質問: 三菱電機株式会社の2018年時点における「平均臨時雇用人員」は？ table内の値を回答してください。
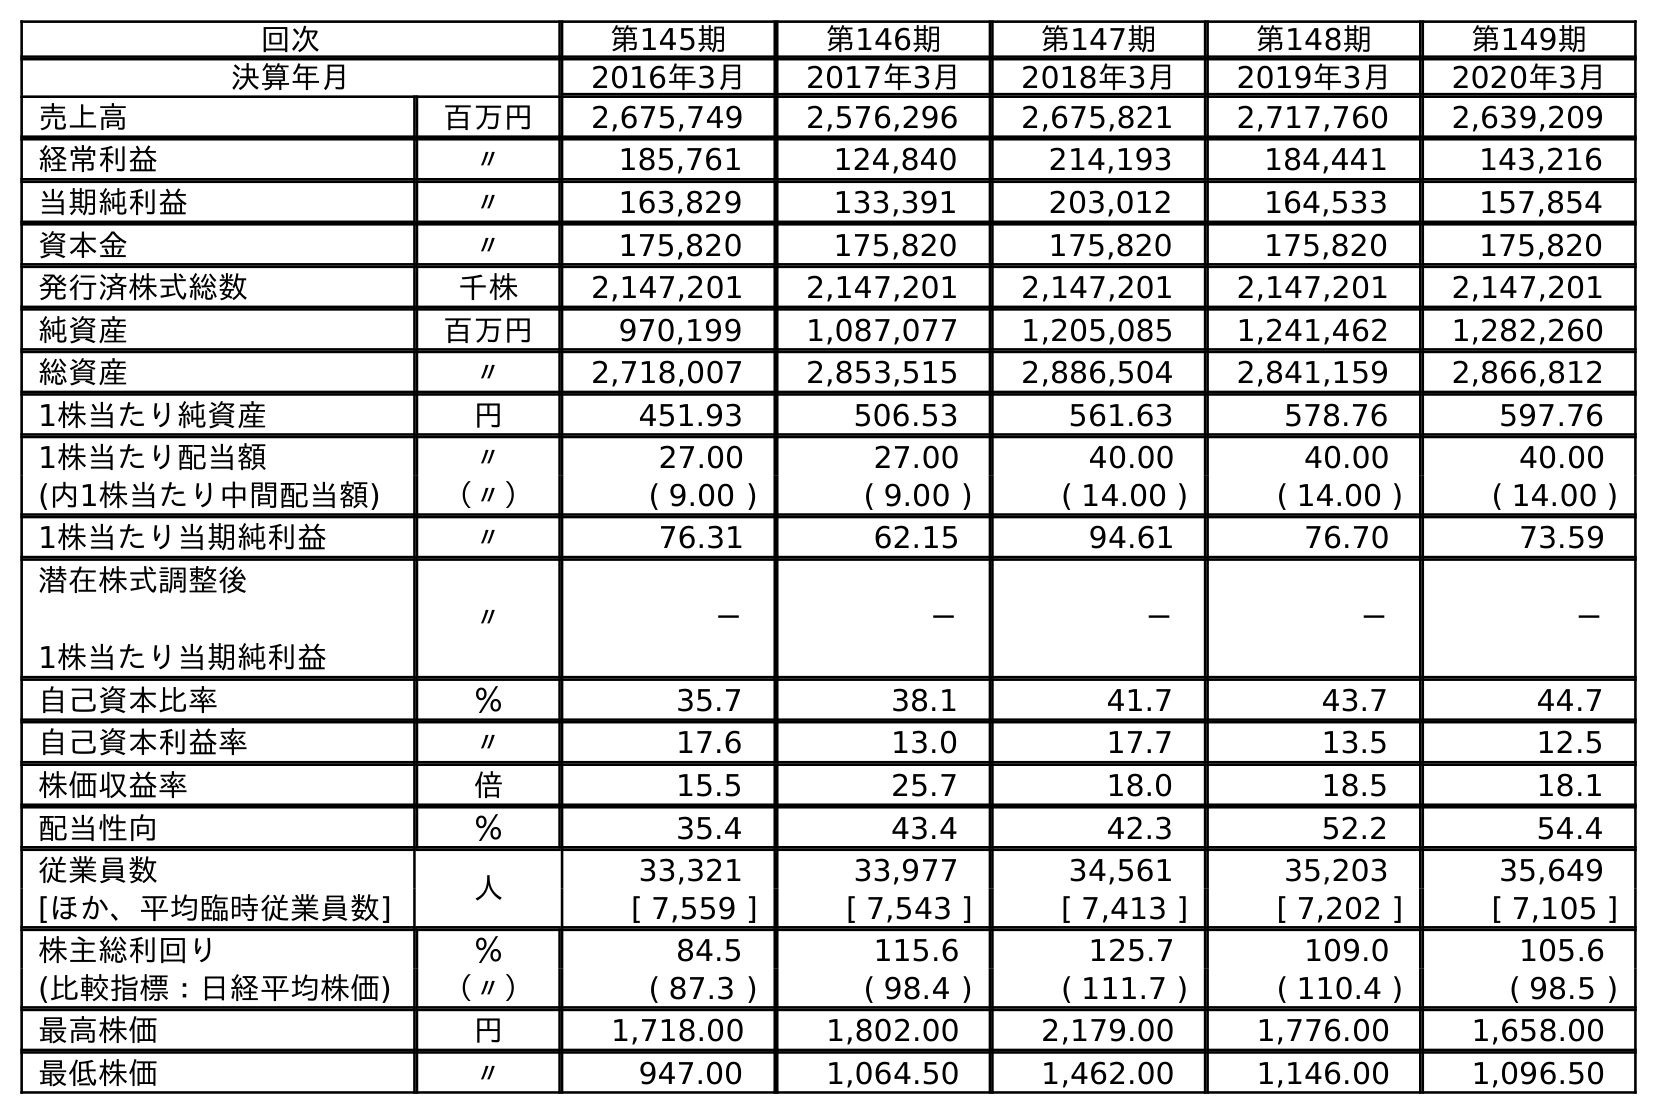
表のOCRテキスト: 回次 第145期 第146期 第147期 第148期 第149期 決算年月 2016年3月 2017年3月 2018年3月 2019年3月 2020年3月 売上高 百万円 2,675,749 2,576,296 2,675,821 2,717,760 2,639,209 経常利益 〃 185,761 124,840 214,193 184,441 143,216 当期純利益 〃 163,829 133,391 203,012 164,533 157,854 資本金 〃 175,820 175,820 175,820 175,820 175,820 発行済株式総数 千株 2,147,201 2,147,201 2,147,201 2,147,201 2,147,201 純資産 百万円 970,199 1,087,077 1,205,085 1,241,462 1,282,260 総資産 〃 2,718,007 2,853,515 2,886,504 2,841,159 2,866,812 1株当たり純資産 円 451.93 506.53 561.63 578.76 597.76 1株当たり配当額 〃 27.00 27.00 40.00 40.00 40.00 (内1株当たり中間配当額) （〃） ( 9.00 ) ( 9.00 ) ( 14.00 ) ( 14.00 ) ( 14.00 ) 1株当たり当期純利益 〃 76.31 62.15 94.61 76.70 73.59 潜在株式調整後 1株当たり当期純利益 〃 － － － － － 自己資本比率 ％ 35.7 38.1 41.7 43.7 44.7 自己資本利益率 〃 17.6 13.0 17.7 13.5 12.5 株価収益率 倍 15.5 25.7 18.0 18.5 18.1 配当性向 ％ 35.4 43.4 42.3 52.2 54.4 従業員数 人 33,321 33,977 34,561 35,203 35,649 [ほか、平均臨時従業員数] [ 7,559 ] [ 7,543 ] [ 7,413 ] [ 7,202 ] [ 7,105 ] 株主総利回り ％ 84.5 115.6 125.7 109.0 105.6 (比較指標：日経平均株価) （〃） ( 87.3 ) ( 98.4 ) ( 111.7 ) ( 110.4 ) ( 98.5 ) 最高株価 円 1,718.00 1,802.00 2,179.00 1,776.00 1,658.00 最低株価 〃 947.00 1,064.50 1,462.00 1,146.00 1,096.50
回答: [7,413]